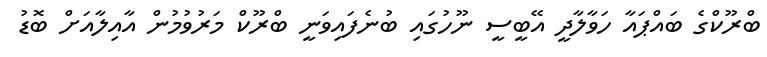
ބްރޫކްގެ ބައްޕައާ ހަވާލާދީ އޭބީސީ ނޫހުގައި ބުނެފައިވަނީ ބްރޫކް މަރުވުމުން އާއިލާއަށް ބޮޑު